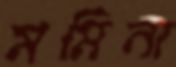
মমিনা